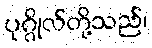
ပုဂ္ဂိုလ်တို့သည်၊